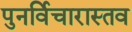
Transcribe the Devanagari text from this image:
पुनर्विचारास्तव